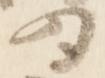
為